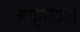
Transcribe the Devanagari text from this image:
ज़कुलियो